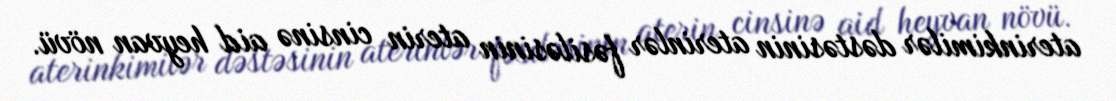
aterinkimilər dəstəsinin aterinlər fəsiləsinin aterin cinsinə aid heyvan növü.